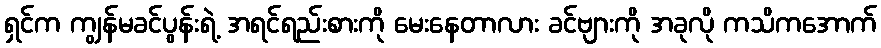
ရှင်က ကျွန်မခင်ပွန်းရဲ့ အရင်ရည်းစားကို မေးနေတာလား ခင်ဗျားကို အခုလို ကသိကအောက်